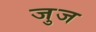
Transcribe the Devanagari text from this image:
जुज